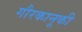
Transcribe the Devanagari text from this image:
गौरकानूकी